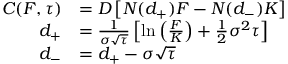
{ \begin{array} { r l } { C ( F , \tau ) } & { = D \left[ N ( d _ { + } ) F - N ( d _ { - } ) K \right] } \\ { d _ { + } } & { = { \frac { 1 } { \sigma { \sqrt { \tau } } } } \left[ \ln \left( { \frac { F } { K } } \right) + { \frac { 1 } { 2 } } \sigma ^ { 2 } \tau \right] } \\ { d _ { - } } & { = d _ { + } - \sigma { \sqrt { \tau } } } \end{array} }